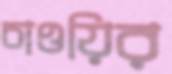
চাওয়ির